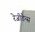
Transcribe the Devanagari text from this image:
रेजीडेन्स